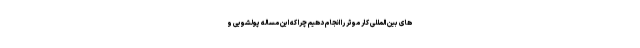
های بین المللی کار موثر را انجام دهیم چرا که این مساله پولشویی و